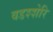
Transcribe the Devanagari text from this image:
वडश्शेरि